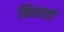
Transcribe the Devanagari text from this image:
निशस्तों